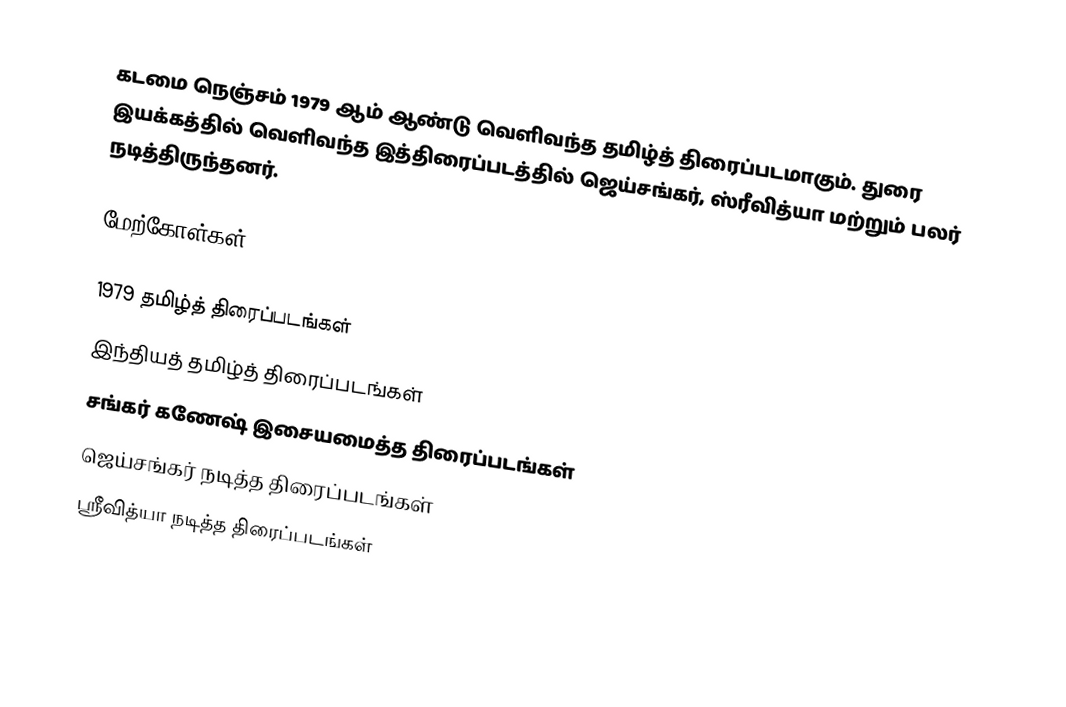
கடமை நெஞ்சம் 1979 ஆம் ஆண்டு வெளிவந்த தமிழ்த் திரைப்படமாகும். துரை இயக்கத்தில் வெளிவந்த இத்திரைப்படத்தில் ஜெய்சங்கர், ஸ்ரீவித்யா மற்றும் பலர் நடித்திருந்தனர்.

மேற்கோள்கள்

1979 தமிழ்த் திரைப்படங்கள்
இந்தியத் தமிழ்த் திரைப்படங்கள்
சங்கர் கணேஷ் இசையமைத்த திரைப்படங்கள்
ஜெய்சங்கர் நடித்த திரைப்படங்கள்
ஸ்ரீவித்யா நடித்த திரைப்படங்கள்